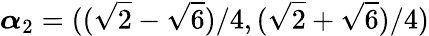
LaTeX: \boldsymbol{\alpha}_{2}=((\sqrt{2}-\sqrt{6})/4,(\sqrt{2}+\sqrt{6})/4)